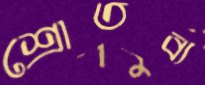
শ্রোতব্য